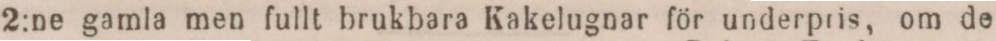
2:ne gamla men fullt brukbara Kakelugnar för underpris, om de